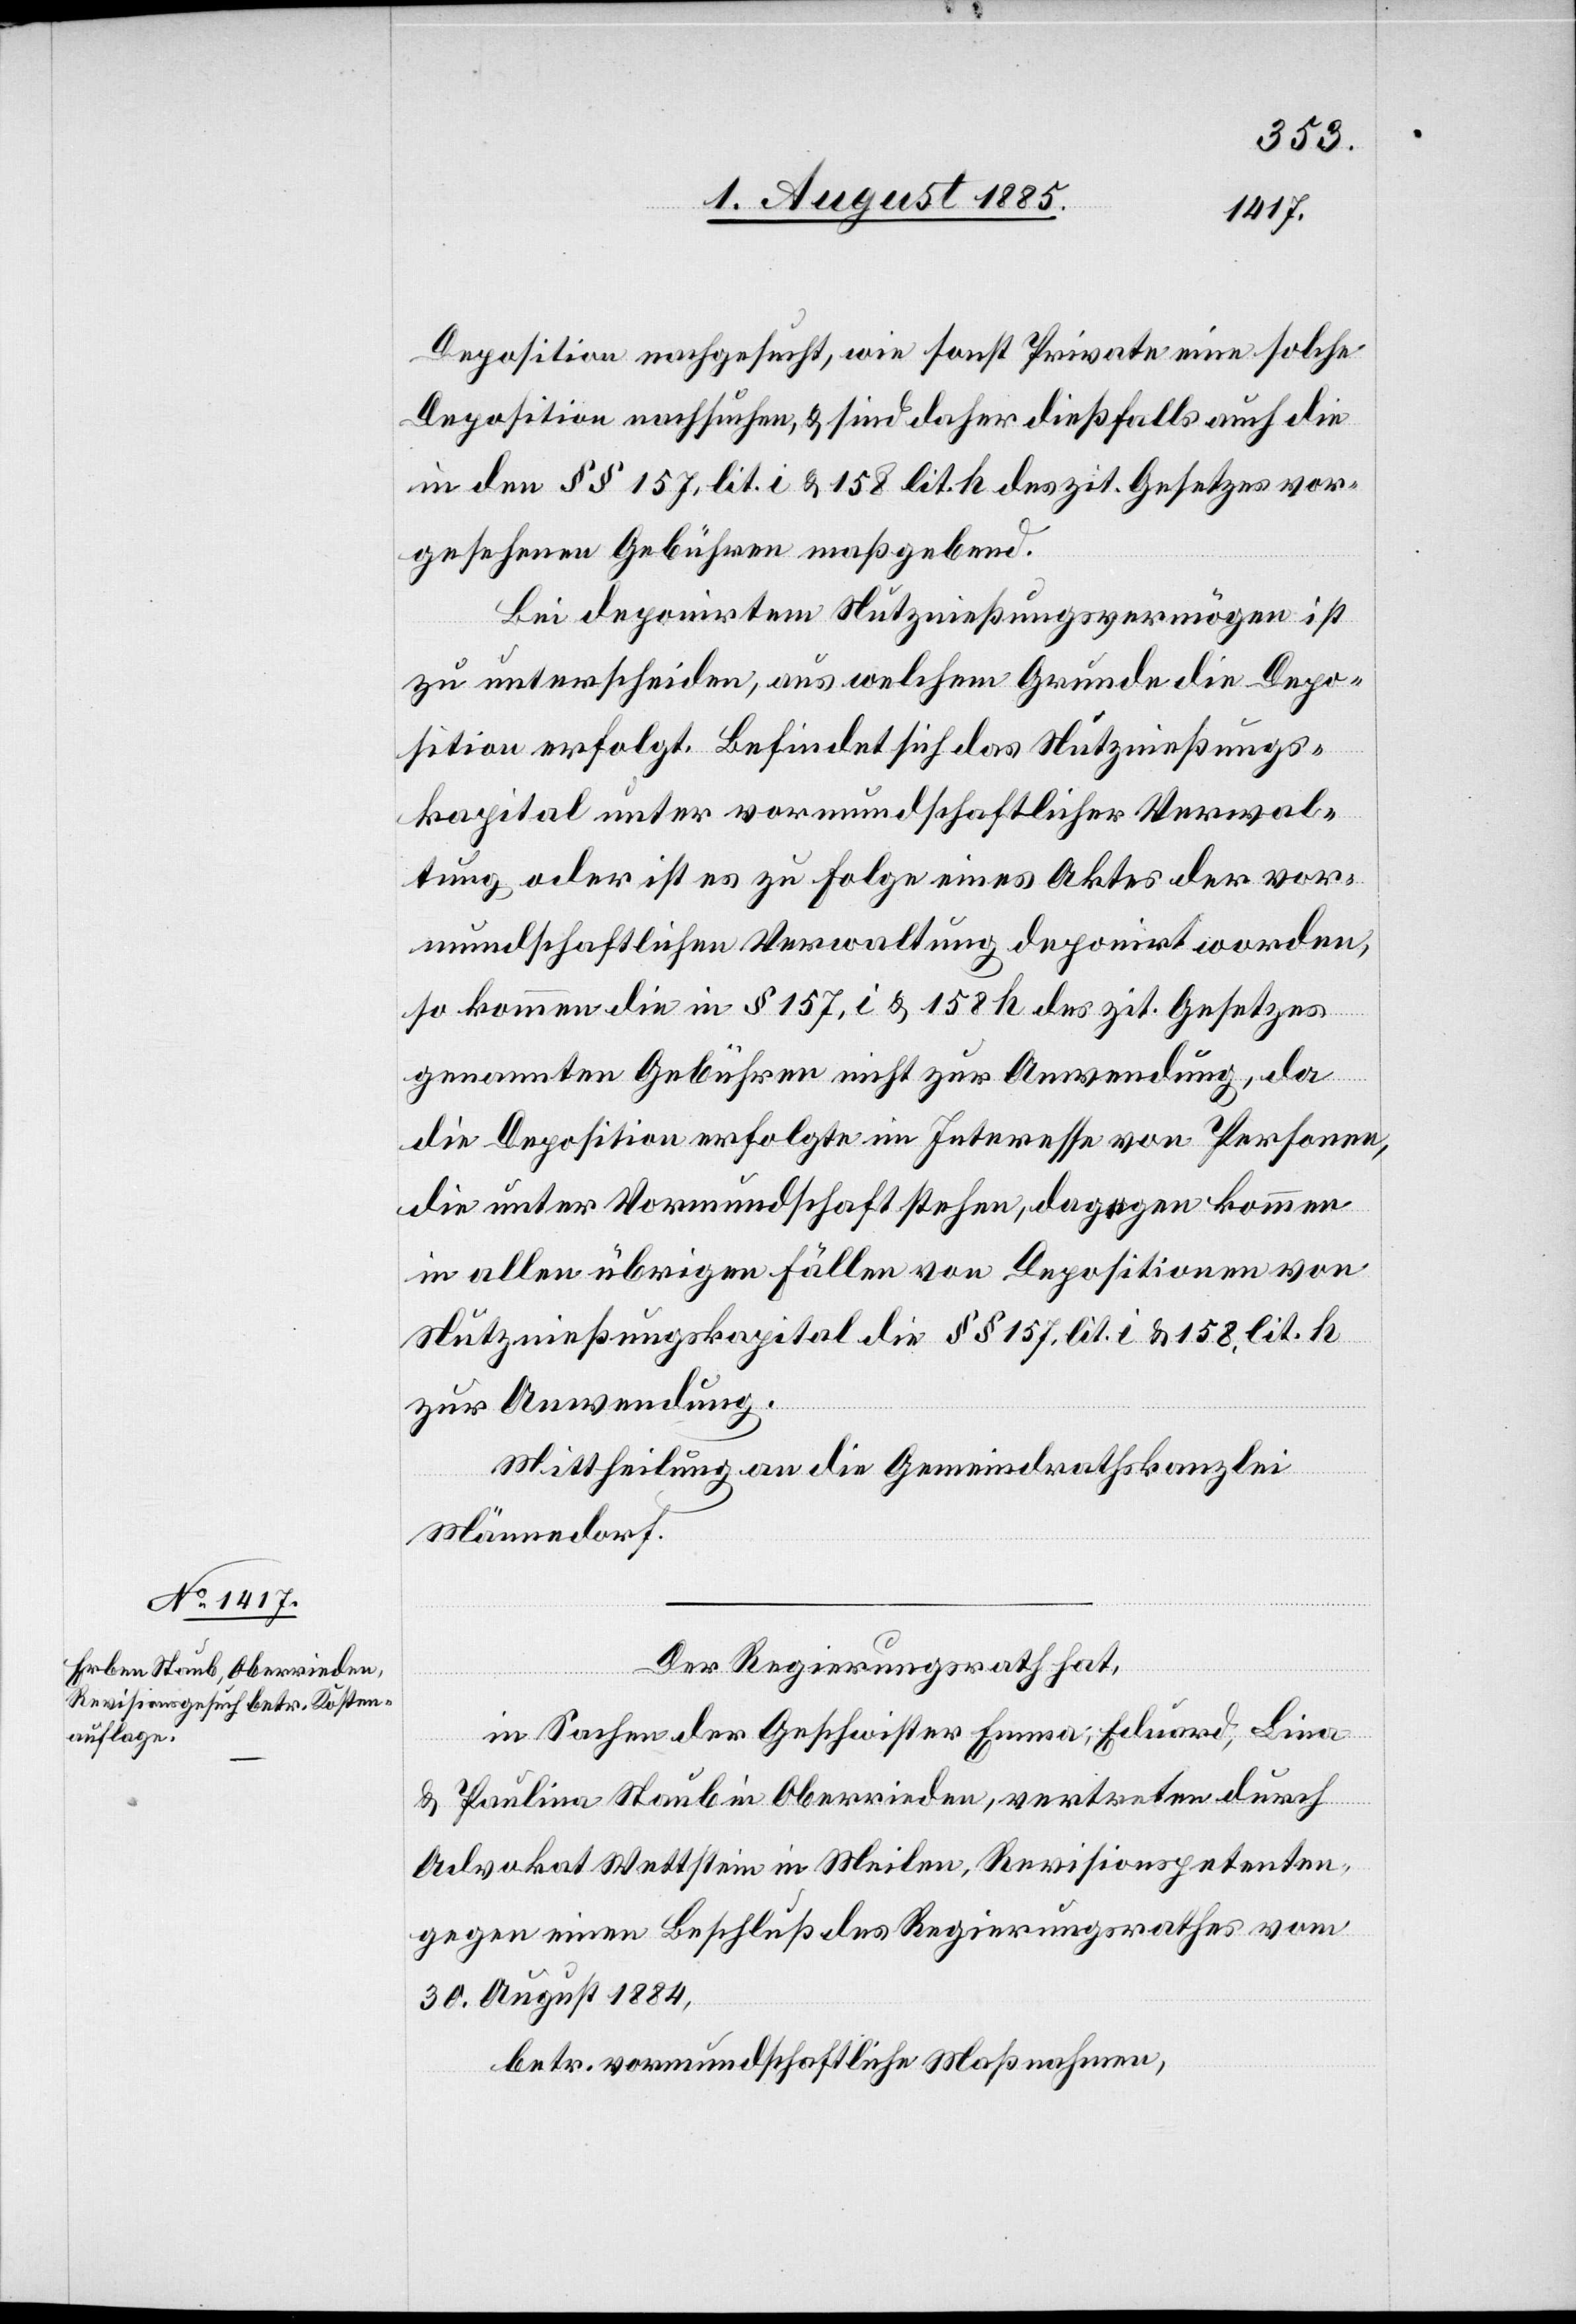
Deposition nachgesucht, wie sonst Private eine solche
Deposition nachsuchen, & sind daher dießfalls auch die
in den §§ 157, lit. i & 158 lit. h des zit. Gesetzes vor¬
gesehenen Gebühren maßgebend.
Bei deponirten Nutznießungsvermögen ist
zu unterscheiden, aus welchem Grunde die Depo¬
sition erfolgt. Befindet sich das Nutznießungs¬
kapital unter vormundschaftlicher Verwal¬
tung oder ist es zu Folge eines Aktes der vor¬
mundschaftlichen Verwaltung deponirt worden,
so kommen die in § 157, i & 158 h des zit. Gesetzes
genannten Gebühren nicht zur Anwendung, da
die Deposition erfolgte im Interesse von Personen,
die unter Vormundschaft stehen, dagegen kommen
in allen übrigen Fällen von Depositionen von
Nutznießungskapital die §§ 157. lit. i & 158, lit. h
zur Anwendung.
Mittheilung an die Gemeindrathskanzlei
Männedorf.
Der Regierungsrath hat,
in Sachen der Geschwister Emma, Eduard, Lina
& Paulina Staub in Oberrieden, vertreten durch
Advokat Wettstein in Meilen, Revisionspetenten,
gegen einen Beschluß des Regierungsrathes vom
30. August 1884,
betr. vormundschaftliche Maßnahmen,